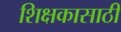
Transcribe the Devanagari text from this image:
शिक्षकासाठी